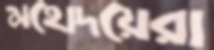
মহোদয়েরা